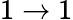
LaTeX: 1\rightarrow 1